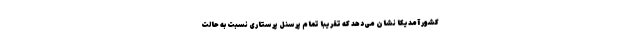
کشور آمدیکا نشان می‌دهد که تقریبا تمام پرسنل پرستاری نسبت به حالت